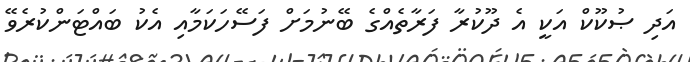
އަދި ޞުކޫކް އަކީ އެ ދޫކުރާ ފަރާތެއްގެ ބޭނުމަށް ފަސޭހަކަމާއި އެކު ބައްޓަންކުރެވޭ